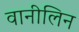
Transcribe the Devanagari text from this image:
वानीलिन